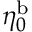
\eta _ { 0 } ^ { \mathrm { b } }